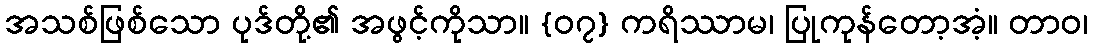
အသစ်ဖြစ်သော ပုဒ်တို့၏ အဖွင့်ကိုသာ။ {၀၇} ကရိဿာမ၊ ပြုကုန်တော့အံ့။ တာဝ၊